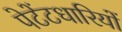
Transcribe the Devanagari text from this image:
पेटेंटधारियों